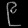
Digit: ၉